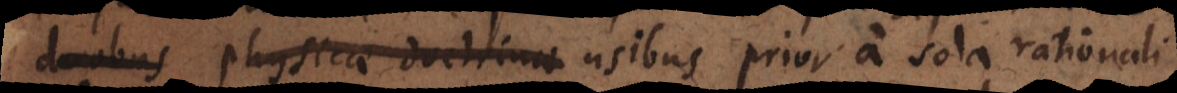
s doctrinae usibus prior a sola rationali